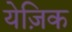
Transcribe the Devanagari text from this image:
येज़िक